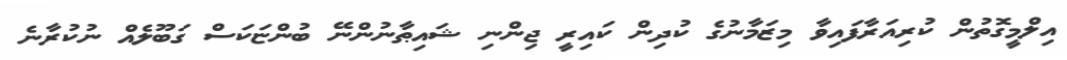
އިލްމީގޮތުން ކުރިއަރާފައިވާ މިޒަމާނުގެ ކުދިން ކައިރީ ޖިންނި ޝައިޠާނުންނޭ ބުންޏަކަސް ގަބޫލެއް ނުކުރާނެ